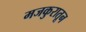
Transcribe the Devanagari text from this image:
मजकुरातून